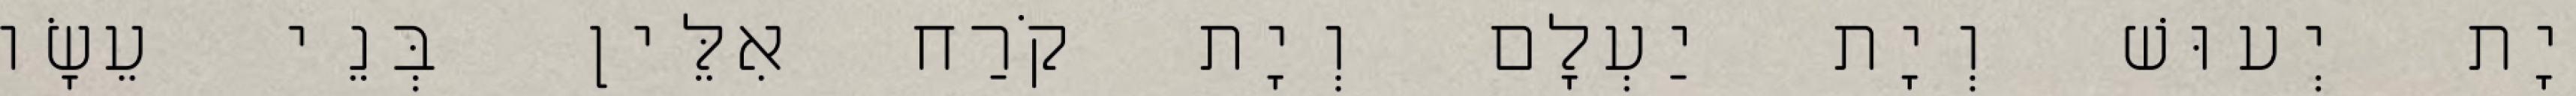
יָת יְעוּשׁ וְיָת יַעְלָם וְיָת קֹרַח אִלֵּין בְּנֵי עֵשָׂו